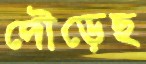
দৌড়েছ